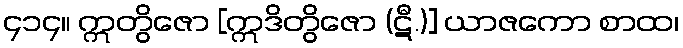
၄၁၄။ ဣတွိဇော [ဣဒိတွိဇော (ဋီ.)] ယာဇကော စာထ၊